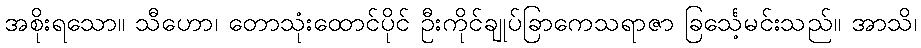
အစိုးရသော။ သီဟော၊ တောသုံးထောင်ပိုင် ဦးကိုင်ချုပ်ခြာကေသရာဇာ ခြင်္သေ့မင်းသည်။ အာသိ၊